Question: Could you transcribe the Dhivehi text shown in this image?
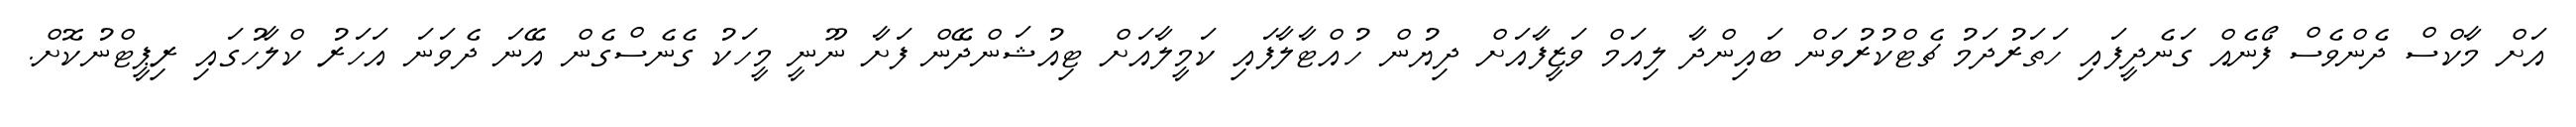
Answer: އަށް މާކްސް ދެންވެސް ފޯނެއް ގަނެދީފައި ހަތަރުދަމު ޗެޓްކުރުވަން ބައިންދާ ލިއަމް ވަޒީފާއަށް ދިޔުން ހުއްޓާލާފައި ކަމީލާއަށް ޓިއުޝަންދޭން ފަށާ ނޫނީ މީހަކު ގެނެސްގެން އޭނަ ދެވަނަ އަހަރު ކްލާހުގައި ރިޕީޓްނުކޮށް.